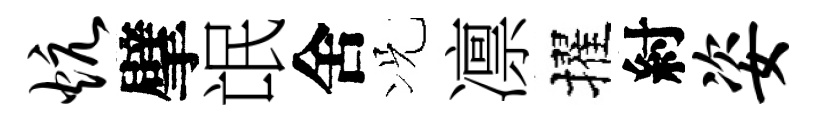
炕擘氓舍况凛擢紂姿